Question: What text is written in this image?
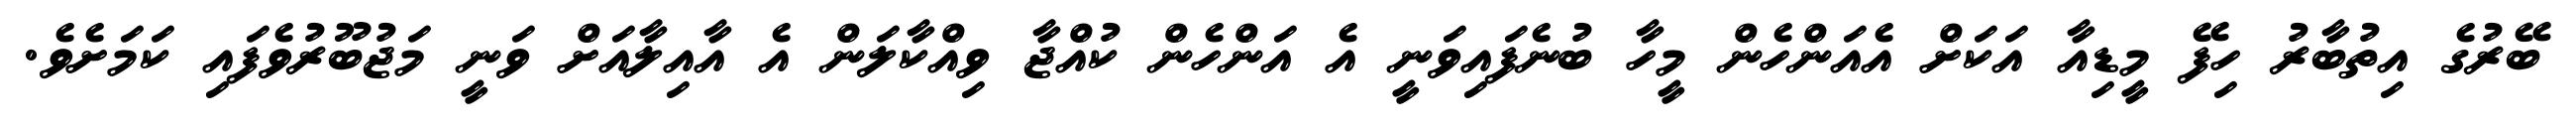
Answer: ބޭރުގެ އިތުބާރު ހިފޭ މީޑިއާ އަކަށް އެއަންހެން މީހާ ބުނެފައިވަނީ އެ އަންހެން ކުއްޖާ ވިއްކާލަން އެ އާއިލާއަށް ވަނީ މަޖުބޫރުވެފައި ކަމަށެވެ.